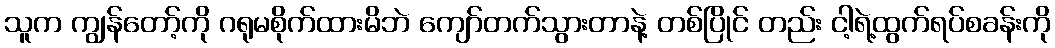
သူက ကျွန်တော့်ကို ဂရုမစိုက်ထားမိဘဲ ကျော်တက်သွားတာနဲ့ တစ်ပြိုင် တည်း ငါ့ရဲ့ထွက်ရပ်စခန်းကို